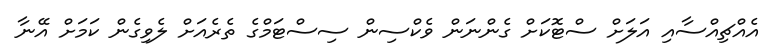
އެއްޗިއްސާއި އަލަށް ސްޓޮކަށް ގެންނަން ވެކްސިން ސިސްޓަމްގެ ތެރެއަށް ލެވިގެން ކަމަށް އޭނާ